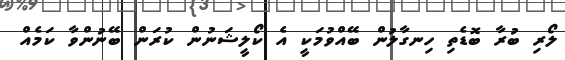
ލޯރި ބުރާ ބޮޑެތި ހިނގާލުން ބޭއްވުމަކީ އެ ކޯލީޝަނުން ކުރަން ބޭނުންވާ ކަމެއް